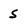
Character: 5